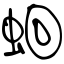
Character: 蛔